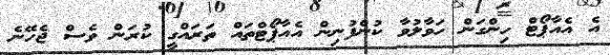
އެ އެއާޕޯޓް ހިންގަން ހަވާލުވާ ކުންފުނިން އެއާޕޯޓްތައް ތަރައްގީ ކުރަން ވެސް ޖެހޭނެ